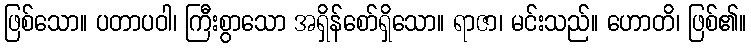
ဖြစ်သော။ ပတာပဝါ၊ ကြီးစွာသော အရှိန်စော်ရှိသော။ ရာဇာ၊ မင်းသည်။ ဟောတိ၊ ဖြစ်၏။